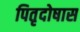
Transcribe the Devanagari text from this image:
पितृदोषास